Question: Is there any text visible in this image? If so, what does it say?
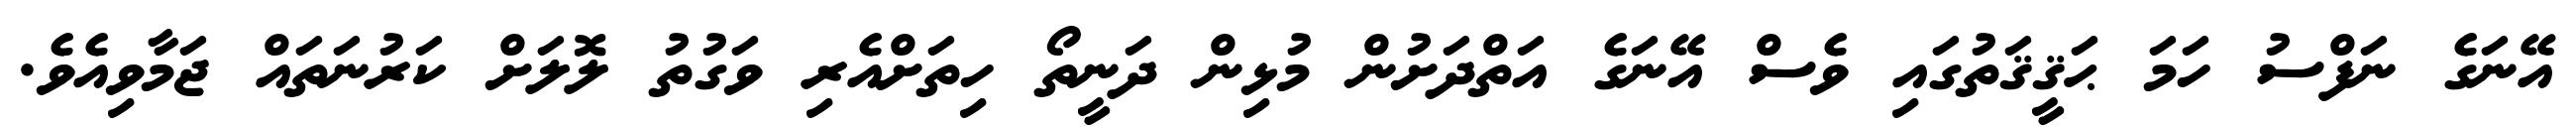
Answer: އޭނަގެ ނަފްސު ހަމަ ޙަޤީޤަތުގައި ވެސް އޭނަގެ އަތްދަށުން މުޅިން ދަނީތޯ ހިތަށްއެރި ވަގުތު ލޮލަށް ކަރުނަތައް ޖަމާވިއެވެ.